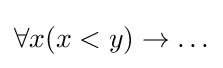
\forall x(x<y)\rightarrow \ldots